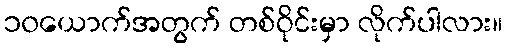
၁၀ယောက်အတွက် တစ်ဝိုင်းမှာ လိုက်ပါလား။